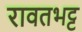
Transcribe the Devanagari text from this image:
रावतभट्ट